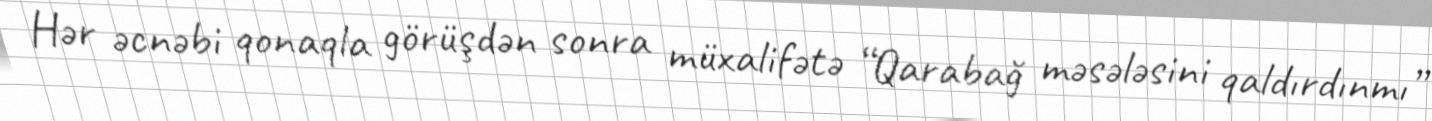
Hər əcnəbi qonaqla görüşdən sonra müxalifətə “Qarabağ məsələsini qaldırdınmı”